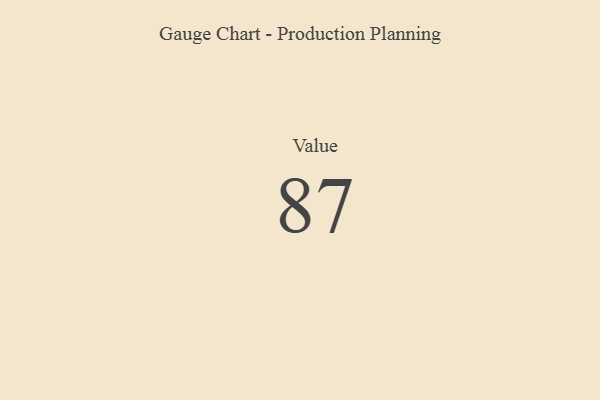
{"axis": {"x": "Metric", "y": "Value"}, "legend": [""], "data": [{"x": "Value", "y": 87, "type": ""}]}